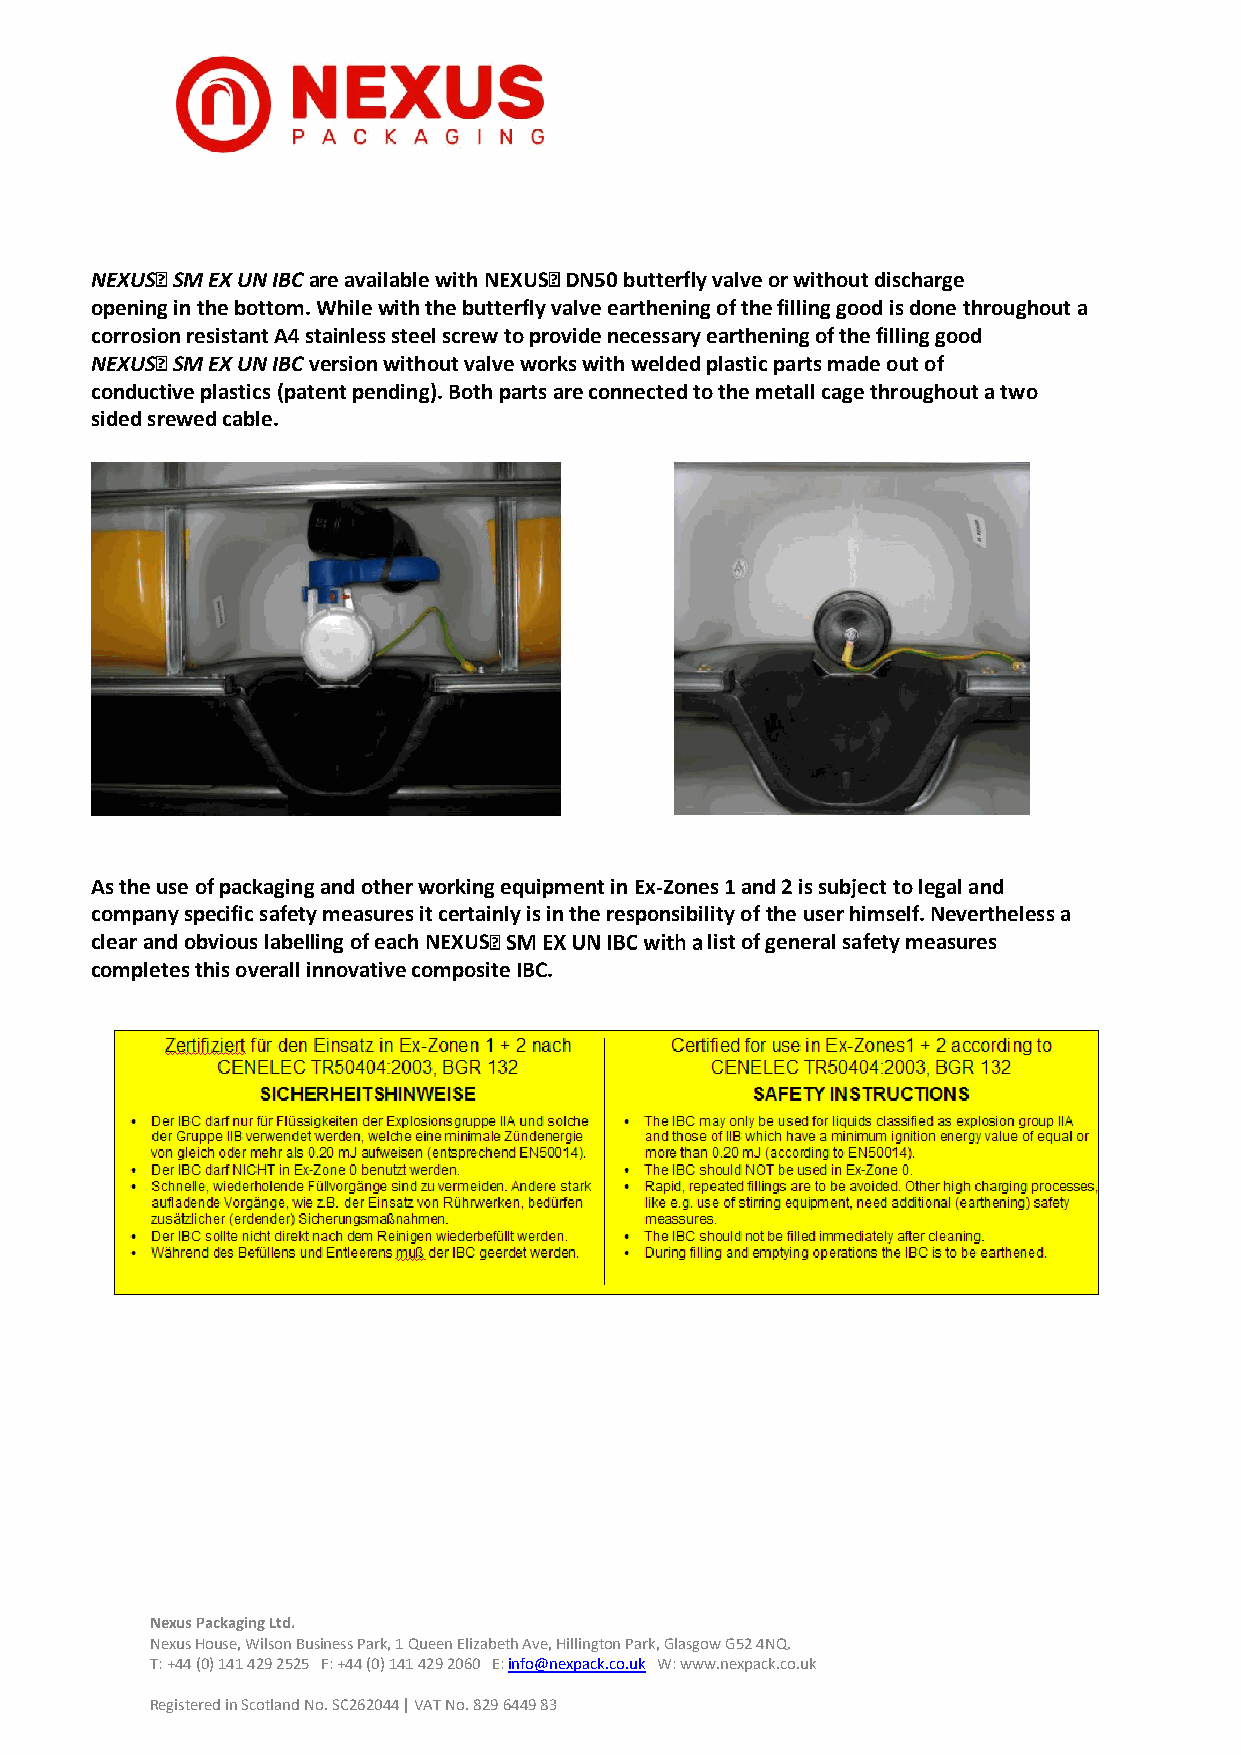
NEXUS SM EX UN IBC are available with NEXUS DN50 butterfly valve or without discharge
 opening in the bottom. While with the butterfly valve earthening of the filling good is done throughout a
 corrosion resistant A4 stainless steel screw to provide necessary earthening of the filling good
 NEXUS SM EX UN IBC version without valve works with welded plastic parts made out of
 conductive plastics (patent pending). Both parts are connected to the metall cage throughout a two
 sided srewed cable.
 As the use of packaging and other working equipment in Ex-Zones 1 and 2 is subject to legal and
 company specific safety measures it certainly is in the responsibility of the user himself. Nevertheless a
 clear and obvious labelling of each NEXUS list of general safety measures
 completes this overall innovative composite IBC.
 Nexus Packaging Ltd.
 Nexus House, Wilson Business Park, 1 Queen Elizabeth Ave, Hillington Park, Glasgow G52 4NQ.
 T: +44 (0) 141 429 2525 F: +44 (0) 141 429 2060 E: info@nexpack.co.uk W: www.nexpack.co.uk
 Registered in Scotland No. SC262044 | VAT No. 829 6449 83